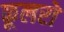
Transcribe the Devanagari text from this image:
कूलरों